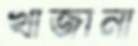
খাজানা